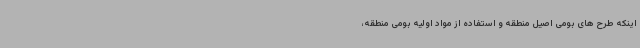
اینکه طرح های بومی اصیل منطقه و استفاده از مواد اولیه بومی منطقه،